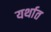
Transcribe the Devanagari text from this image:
यर्थात